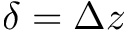
\delta = \Delta z